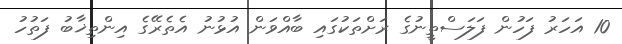
10 އަހަރު ފަހުން ފަލަސްތީނުގެ ރަށްތަކުގައި ބާއްވަން އުޅުނު އެތެރޭގެ އިންތިޚާބު ފަތުހު